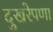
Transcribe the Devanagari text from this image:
दुखरेपणा